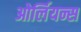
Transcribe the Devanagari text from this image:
ओर्लियन्स